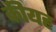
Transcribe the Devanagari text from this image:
कीयह